Punjab Mental Hospital Lahore 1922-31 - 1922-1931
Year: 1922
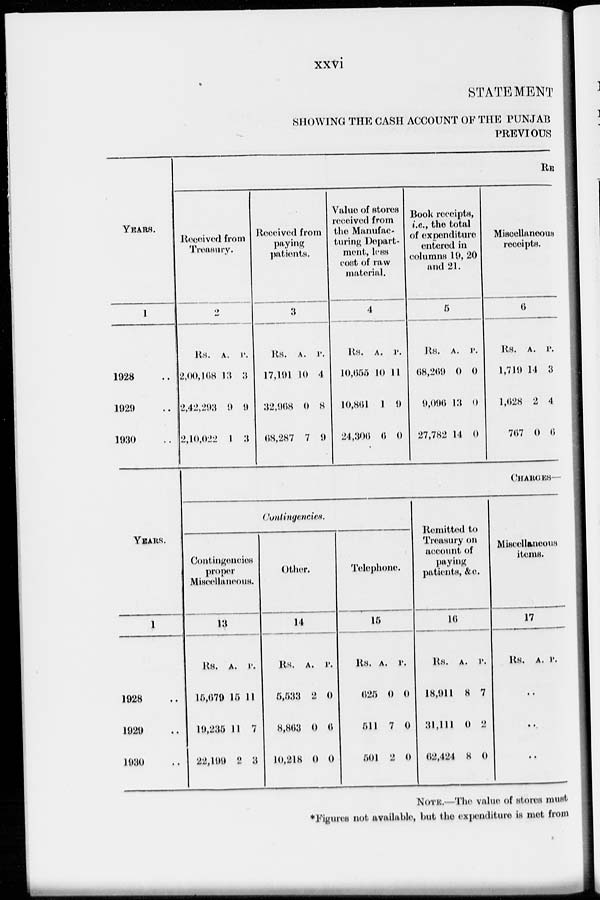
xxvi
STATEMENT
SHOWING THE CASH ACCOUNT OF THE PUNJAB
PREVIOUS
YEARS.
1
1928 ..
1929 ..
1930 ..
RE
Received from
Treasury.
2
Rs.
2,00,168
2,42,203
2,10,022
A.
13
9
1
P.
3
9
3
Received from
paying
patients.
3
Rs.
17,191
32,968
68,287
A.
10
0
7
P.
4
8
9
Value of stores
received from
the Manufac-
turing Depart-
ment, less
cost of raw
material.
4
Rs.
10,655
10,861
24,306
A.
10
1
6
P.
11
0
0
Book receipts,
i.e., the total
of expenditure
entered in
columns 19, 20
and 21.
5
Rs.
68,269
9,096
27,782
A.
0
13
14
P.
0
0
0
Miscellaneous
receipts.
6
Rs.
1,719
1,628
767
A.
14
2
0
P.
3
4
6
YEARS.
1
1928 ..
1929
..
1930 ..
CHARGES—
Contingencies.
Contingencies
proper
Miscellaneous.
13
Rs.
15,679
19,235
22,199
A.
15
11
2
P.
11
7
3
Other.
14
Rs.
5,533
8,863
10,218
A.
2
0
0
P.
0
6
0
Telephone.
15
Rs.
625
511
501
A.
0
7
2
P.
0
0
0
Remitted to
Treasury on
account of
paying
patients, &c.
16
Rs.
18,911
31,111
62,424
A.
8
0
8
P.
7
2
0
Miscellaneous
items.
17
Rs. A. P.
..
..
..
NOTE.—The value of stores must
*Figures not available, but the expenditure is met from